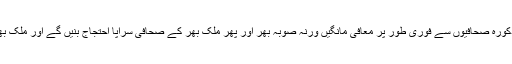
جسے فوری طور پر خارج کیا جائے اور ذمہ داران مذکورہ صحافیوں سے فوری طور پر معافی مانگیں ورنہ صوبہ بھر اور پھر ملک بھر کے صحافی سراپا احتجاج بنیں گے اور ملک بھر میں احتجاجی مظاہرے اور دھرنے دیئے جائیں گے۔